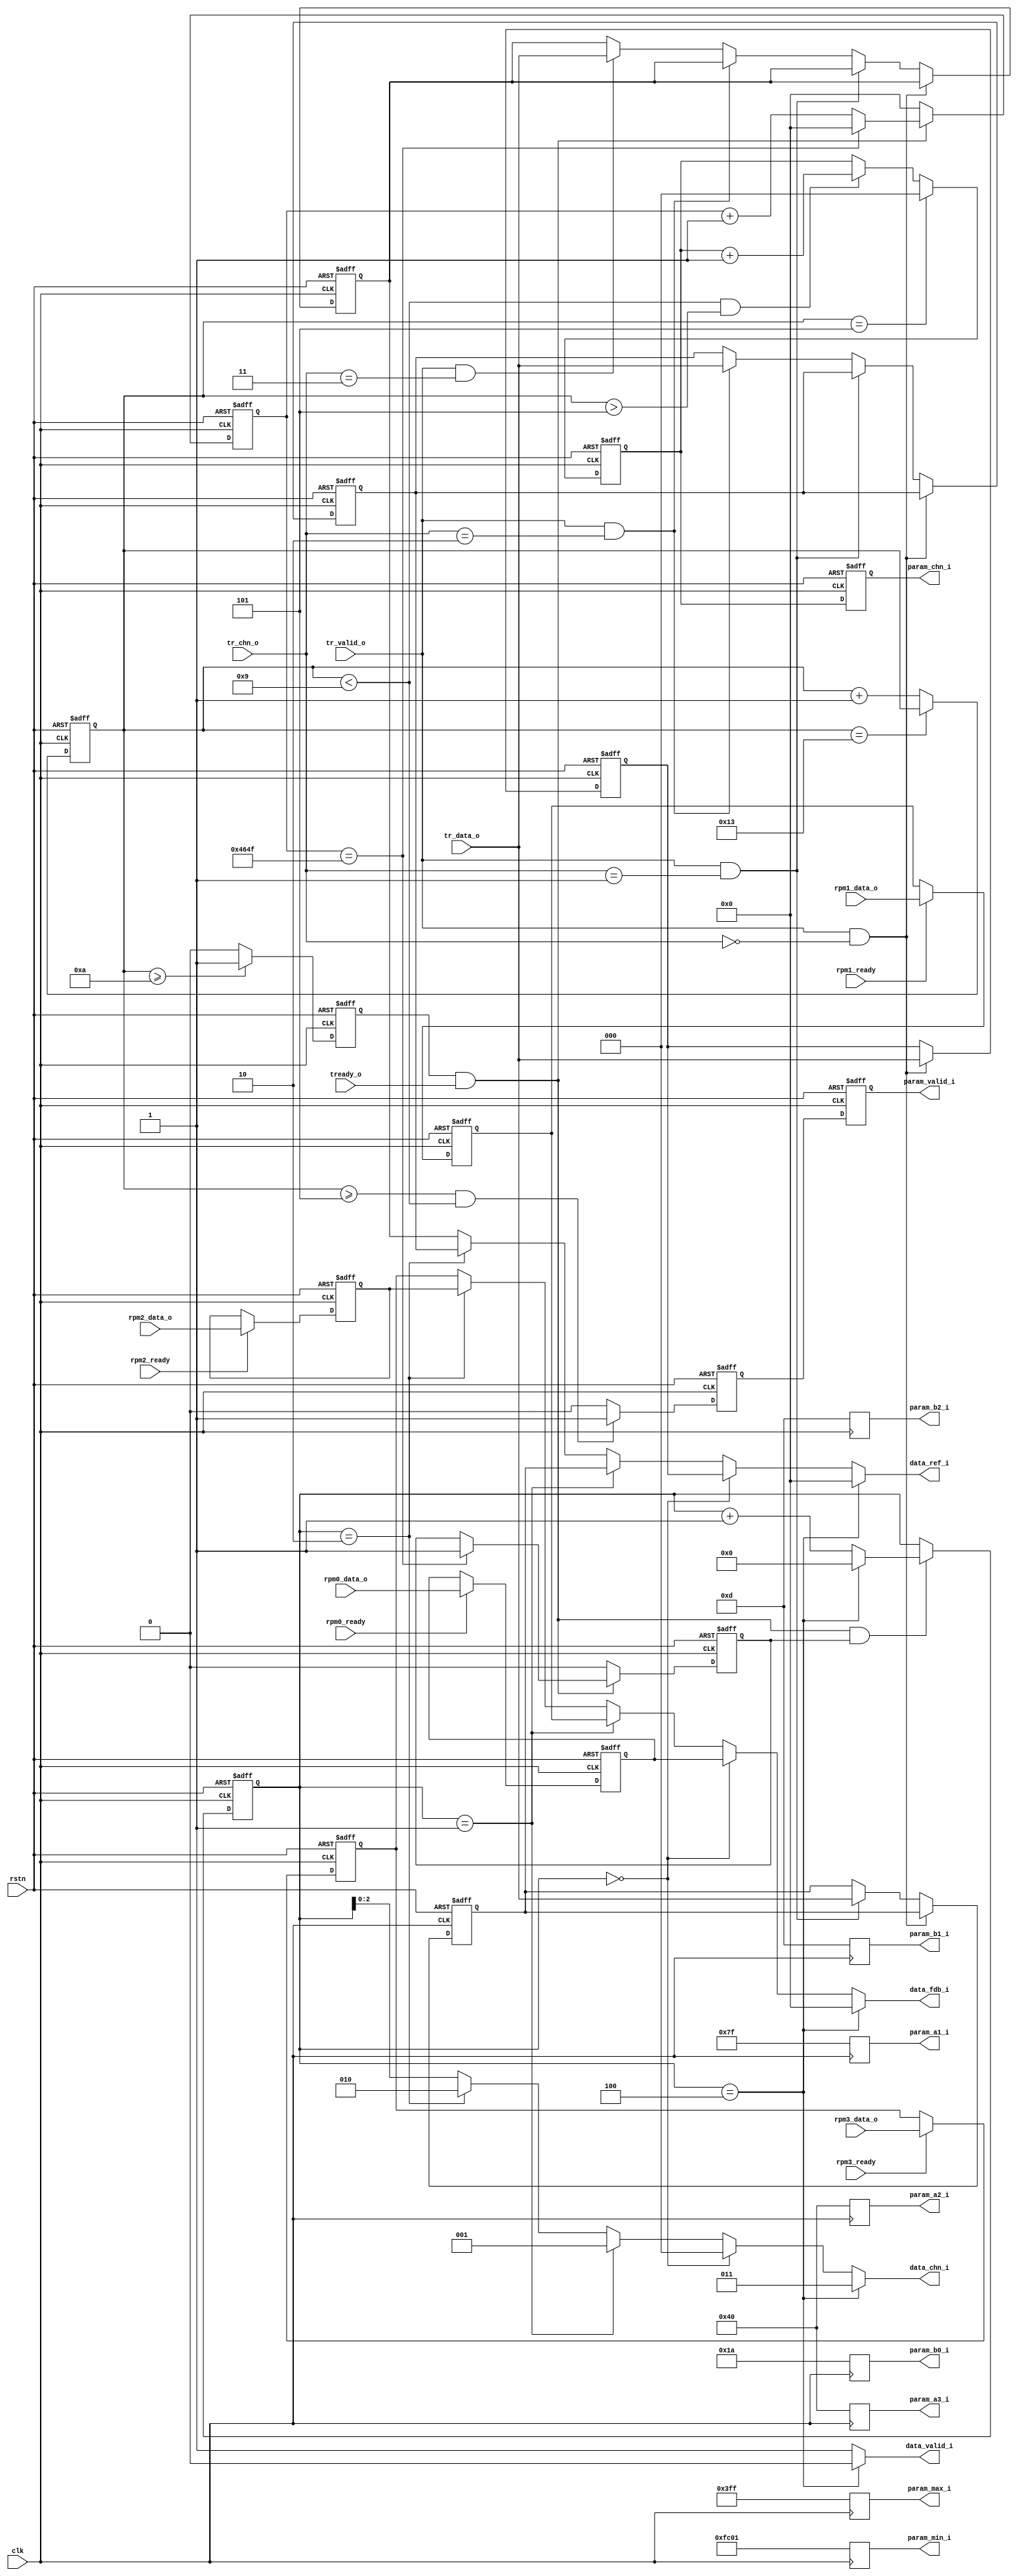
//**********************************************************************
//  Project: TDPS project
//  Description: input signals generator for PID Controller
//  Timestamp: 
//----------------------------------------------------------------------
// Code Revision History:
// Ver:     | Author    | Mod. Date     | Changes Made:
// v1.0.0   | R.T.      | 2024/04/02    | Initial version
// v1.1.0   | R.T.      | 2024/04/05    | Remove pid output, fix target
//                                      | rpm, and add some interface
//                                      | for the PID output processor
// v1.2.0   | R.T.      | 2024/04/08    | Add target rpm input
// v3.0.0   | R.T.      | 2024/05/14    | Slower PID frequency, tested 
//                                        PID functionally
// v3.0.1   | R.T.      | 2024/05/15    | Modified Parameters
// v3.1.0   | R.T.      | 2024/05/17    | Modified Parameters
// v3.2.0   | R.T.      | 2024/05/21    | Modified Parameters
//**********************************************************************
// `define AUTOMATIC_MEMORY

module PID_Input_Processor(
    clk, 
    rstn,

    rpm0_ready,
    rpm1_ready,
    rpm2_ready,
    rpm3_ready,

    rpm0_data_o,
    rpm1_data_o,
    rpm2_data_o,
    rpm3_data_o,

    tr_valid_o,
    tr_chn_o,
    tr_data_o,
    
    param_valid_i,
    param_chn_i,
    param_a1_i,
    param_a2_i,
    param_a3_i,
    param_b0_i,
    param_b1_i,
    param_b2_i,
    param_max_i,
    param_min_i,
    
    data_valid_i,
    data_chn_i,
    data_fdb_i,
    data_ref_i,
    tready_o
    
) /* synthesis syn_preserve=1*/;

//**********************************************************************
// --- Parameter
//**********************************************************************
    parameter DATA_WIDTH = 16;

    parameter NUM_CHN = 4;
    localparam CHN_WIDTH = 3;
    // localparam CHN_WIDTH = (NUM_CHN>1)? $clog2(NUM_CHN):1; //bug?

    localparam NUM_CYCLE = 20;

    parameter RPM_MAX = 1023;

    parameter CLK_FREQ = 27_000_000;    // Default = 27MHz
    parameter PID_FREQ = 1500;          // Default = 1KHz
    localparam CNT_WIDTH = $clog2(CLK_FREQ/PID_FREQ) + 1; 

    parameter PARAM_A1 = 127;
    parameter PARAM_A2 = 64;
    parameter PARAM_A3 = 64;
    parameter PARAM_B0 = 26;
    parameter PARAM_B1 = 13;
    parameter PARAM_B2 = 13;

//**********************************************************************
// --- Input/Output Declaration
//**********************************************************************
    input wire                      clk;
    input wire                      rstn;

    input wire                      rpm0_ready;
    input wire                      rpm1_ready;
    input wire                      rpm2_ready;
    input wire                      rpm3_ready;

    input wire  [DATA_WIDTH-1:0]    rpm0_data_o;
    input wire  [DATA_WIDTH-1:0]    rpm1_data_o;
    input wire  [DATA_WIDTH-1:0]    rpm2_data_o;
    input wire  [DATA_WIDTH-1:0]    rpm3_data_o;

    input wire                      tr_valid_o;
    input wire  [CHN_WIDTH-1:0]     tr_chn_o;
    input wire  [DATA_WIDTH-1:0]    tr_data_o;

    output reg                      param_valid_i;
    output reg  [CHN_WIDTH-1:0]     param_chn_i;
    output reg  [DATA_WIDTH-1:0]    param_a1_i;
    output reg  [DATA_WIDTH-1:0]    param_a2_i;
    output reg  [DATA_WIDTH-1:0]    param_a3_i;
    output reg  [DATA_WIDTH-1:0]    param_b0_i;
    output reg  [DATA_WIDTH-1:0]    param_b1_i;
    output reg  [DATA_WIDTH-1:0]    param_b2_i;
    output reg  [DATA_WIDTH-1:0]    param_max_i;
    output reg  [DATA_WIDTH-1:0]    param_min_i;

    input wire                      tready_o;

    output reg                      data_valid_i;
    output reg  [CHN_WIDTH-1:0]     data_chn_i;
    output reg  [DATA_WIDTH-1:0]    data_fdb_i;
    output reg  [DATA_WIDTH-1:0]    data_ref_i;

//**********************************************************************
// --- Internal Signal Declaration
//**********************************************************************
    reg     [5:0]               cnt_cycle;
    reg                         param_valid;
    reg     [CHN_WIDTH-1:0]     param_chn;

    reg                         data_load;
    reg     [CHN_WIDTH:0]       data_cycle;

    reg     [DATA_WIDTH-1:0]    rpm_data_ch0;
    reg     [DATA_WIDTH-1:0]    rpm_data_ch1;
    reg     [DATA_WIDTH-1:0]    rpm_data_ch2;
    reg     [DATA_WIDTH-1:0]    rpm_data_ch3;

    reg     [DATA_WIDTH-1:0]    target_rpm_ch1;
    reg     [DATA_WIDTH-1:0]    target_rpm_ch2;
    reg     [DATA_WIDTH-1:0]    target_rpm_ch3;
    reg     [DATA_WIDTH-1:0]    target_rpm_ch0;

    reg     [CNT_WIDTH-1:0]     cnt_slow_down;
    reg                         ready_slow_down;

//**********************************************************************
// --- Main core
//**********************************************************************
// --- rpm sample & holding ---
    always @(posedge clk or negedge rstn) begin
        if (!rstn) begin
            rpm_data_ch0 <= 0;
            rpm_data_ch1 <= 0;
            rpm_data_ch2 <= 0;
            rpm_data_ch3 <= 0;
        end
        else begin
            if (rpm0_ready == 1'b1)
                rpm_data_ch0 <= rpm0_data_o;
            else
                rpm_data_ch0 <= rpm_data_ch0;

            if (rpm1_ready == 1'b1)
                rpm_data_ch1 <= rpm1_data_o;
            else
                rpm_data_ch1 <= rpm_data_ch1;

            if (rpm2_ready == 1'b1)
                rpm_data_ch2 <= rpm2_data_o;
            else
                rpm_data_ch2 <= rpm_data_ch2;
                
            if (rpm3_ready == 1'b1)
                rpm_data_ch3 <= rpm3_data_o;
            else
                rpm_data_ch3 <= rpm_data_ch3;
        end
    end

// --- handle the target rpm data ---
    always @(posedge clk or negedge rstn) begin
        if(!rstn) begin
            target_rpm_ch0 <= 0;
            target_rpm_ch1 <= 0;
            target_rpm_ch2 <= 0;
            target_rpm_ch3 <= 0;
        end
        else if(tr_valid_o == 1'b1 && tr_chn_o == 0) begin
            target_rpm_ch0 <= tr_data_o;
        end
        else if(tr_valid_o == 1'b1 && tr_chn_o == 1) begin
            target_rpm_ch1 <= tr_data_o;
        end
        else if(tr_valid_o == 1'b1 && tr_chn_o == 2) begin
            target_rpm_ch2 <= tr_data_o;
        end
        else if(tr_valid_o == 1'b1 && tr_chn_o == 3) begin
            target_rpm_ch3 <= tr_data_o;
        end
    end


// --- input parameter setting ---
    always @(posedge clk or negedge rstn) begin
        if(!rstn) begin
            cnt_cycle <= 0;
        end
        else if(cnt_cycle == NUM_CYCLE-1) begin
            cnt_cycle <= cnt_cycle;
        end
        else begin
            cnt_cycle <= cnt_cycle + 1;
        end
    end

    always @(posedge clk or negedge rstn) begin
        if(!rstn) begin
            param_valid <= 0;
            param_valid_i <= 0;
        end
        else begin
            param_valid <= ((cnt_cycle >= 5) && (cnt_cycle < NUM_CHN+5)) ? 1'b1:1'b0; //  5 <= cnt_cycle < 9
            param_valid_i <= param_valid;
        end
    end

    always @(posedge clk or negedge rstn) begin
        if(!rstn) begin
            param_chn <= NUM_CHN-1;
        end
        else if(cnt_cycle == 5) begin
            param_chn <= 0;
        end
        else if(cnt_cycle < NUM_CHN+5 && cnt_cycle > 5) begin
            param_chn <= param_chn+1;
        end
    end

    always @(posedge clk or negedge rstn) begin
        if(!rstn) begin
            param_chn_i <= NUM_CHN-1;
        end
        else begin
            param_chn_i <= param_chn;
        end    
    end

    always @(posedge clk) begin
        case(param_chn) 
            0:begin
                param_a1_i <= PARAM_A1;
                param_a2_i <= PARAM_A2;
                param_a3_i <= PARAM_A3;
                param_b0_i <= PARAM_B0;
                param_b1_i <= PARAM_B1;
                param_b2_i <= PARAM_B2;
                param_max_i <= RPM_MAX;
                param_min_i <= -RPM_MAX;
            end
            1: begin
                param_a1_i <= PARAM_A1;
                param_a2_i <= PARAM_A2;
                param_a3_i <= PARAM_A3;
                param_b0_i <= PARAM_B0;
                param_b1_i <= PARAM_B1;
                param_b2_i <= PARAM_B2;
                param_max_i <= RPM_MAX;
                param_min_i <= -RPM_MAX;
            end
            2: begin
                param_a1_i <= PARAM_A1;
                param_a2_i <= PARAM_A2;
                param_a3_i <= PARAM_A3;
                param_b0_i <= PARAM_B0;
                param_b1_i <= PARAM_B1;
                param_b2_i <= PARAM_B2;
                param_max_i <= RPM_MAX;
                param_min_i <= -RPM_MAX;
            end
            3: begin
                param_a1_i <= PARAM_A1;
                param_a2_i <= PARAM_A2;
                param_a3_i <= PARAM_A3;
                param_b0_i <= PARAM_B0;
                param_b1_i <= PARAM_B1;
                param_b2_i <= PARAM_B2;
                param_max_i <= RPM_MAX;
                param_min_i <= -RPM_MAX;
            end
            default: begin
                param_a1_i <= PARAM_A1;
                param_a2_i <= PARAM_A2;
                param_a3_i <= PARAM_A3;
                param_b0_i <= PARAM_B0;
                param_b1_i <= PARAM_B1;
                param_b2_i <= PARAM_B2;
                param_max_i <= RPM_MAX;
                param_min_i <= -RPM_MAX;
            end
        endcase
    end

// --- generate data input --- 
    // ---start data load after 10 clks---
    always @(posedge clk or negedge rstn) begin
        if(!rstn) begin
            data_load <= 0;
        end
        else begin
            data_load <= (cnt_cycle >= 10)? 1'b1:1'b0;
        end
    end

    // ---slow down input frequency---
    always @(posedge clk or negedge rstn) begin
        if(!rstn) begin
            cnt_slow_down <= 0;
            ready_slow_down <= 0;
        end
        else if(data_load & tready_o) begin
            if(cnt_slow_down == CLK_FREQ/PID_FREQ - 1) begin
                cnt_slow_down <= 0;
                ready_slow_down <= 1;
            end
            else begin
                cnt_slow_down <= cnt_slow_down + 1;
                ready_slow_down <= ready_slow_down;
            end
        end
        else begin
            cnt_slow_down <= 0;
            ready_slow_down <= 0;
        end
    end


    // ---data cycle (channel) counter---
    always @(posedge clk or negedge rstn) begin
        if(!rstn) begin
            data_cycle <= NUM_CHN;
        end
        else if(data_load & tready_o & ready_slow_down) begin
            if(data_cycle == NUM_CHN) 
                data_cycle <= 0;
            else 
                data_cycle <= data_cycle + 1;
        end
    end

    // ---feed data input---
    always @(*) begin
        if(data_cycle == NUM_CHN) begin
            data_valid_i <= 1'b0;
            data_chn_i <= NUM_CHN-1;
            data_fdb_i <= 0;
            data_ref_i <= 0;
        end
        else if(data_cycle == 0) begin
            data_valid_i <= 1'b1;
            data_chn_i <= 0;
            data_fdb_i <= rpm_data_ch0;
            data_ref_i <= target_rpm_ch0;
        end
        else if(data_cycle == 1)  begin
            data_valid_i <= 1'b1;
            data_chn_i <= 1;
            data_fdb_i <= rpm_data_ch1;
            data_ref_i <= target_rpm_ch1;
        end
        else if(data_cycle == 2)  begin
            data_valid_i <= 1'b1;
            data_chn_i <= 2;
            data_fdb_i <= rpm_data_ch2;
            data_ref_i <= target_rpm_ch2;
        end
        else begin
            data_valid_i <= 1'b1;
            data_chn_i <= data_cycle;
            data_fdb_i <= rpm_data_ch3;
            data_ref_i <= target_rpm_ch3;
        end
    end

endmodule